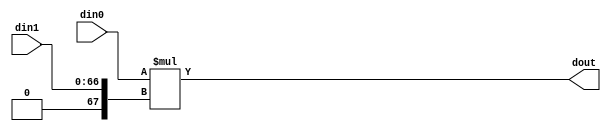
// ==============================================================
// Vitis HLS - High-Level Synthesis from C, C++ and OpenCL v2020.3 (64-bit)
// Copyright 1986-2021 Xilinx, Inc. All Rights Reserved.
// ==============================================================

`timescale 1 ns / 1 ps

module inPlaceNTT_DIT_mul_54s_67ns_120_1_1(din0, din1, dout);
parameter ID = 1;
parameter NUM_STAGE = 0;
parameter din0_WIDTH = 54;
parameter din1_WIDTH = 67;
parameter dout_WIDTH = 120;
input [din0_WIDTH - 1 : 0] din0; 
input [din1_WIDTH - 1 : 0] din1; 
output [dout_WIDTH - 1 : 0] dout;

assign dout = $signed(din0) * $signed({1'b0, din1});
endmodule